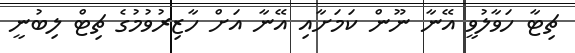
ޗިޓާ ހަވާލުވީ އޭނާ ނޫން ކަމަށާއި އޭނާ އަށް ހާޒިރުވުމުގެ ޗިޓް ލިބުނީ